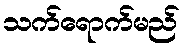
သက်ရောက်မည်